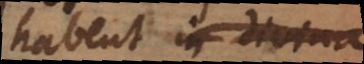
habent in divina